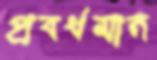
প্রবর্ধমান